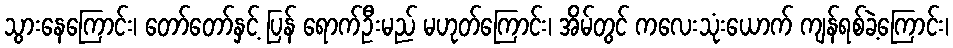
သွားနေကြောင်း၊ တော်တော်နှင့် ပြန် ရောက်ဦးမည် မဟုတ်ကြောင်း၊ အိမ်တွင် ကလေးသုံးယောက် ကျန်ရစ်ခဲ့ကြောင်း၊